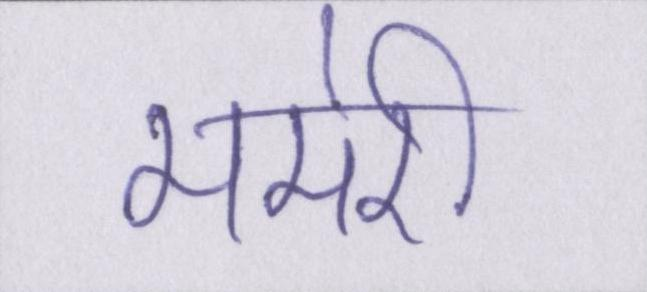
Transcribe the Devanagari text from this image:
ममेरी